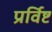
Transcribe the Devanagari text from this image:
प्रर्विष्ट